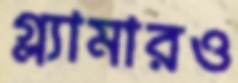
গ্ল্যামারও